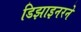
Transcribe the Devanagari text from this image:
डिझाइनरने